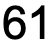
61